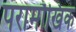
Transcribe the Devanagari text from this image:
परामौखिक